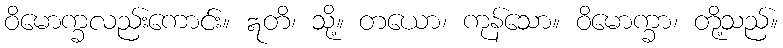
ဝိမောက္ခလည်းကောင်း။ ဣတိ၊ သို့။ တယော၊ ကုန်သော။ ဝိမောက္ခာ၊ တို့သည်။